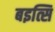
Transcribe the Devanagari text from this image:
बइत्सि